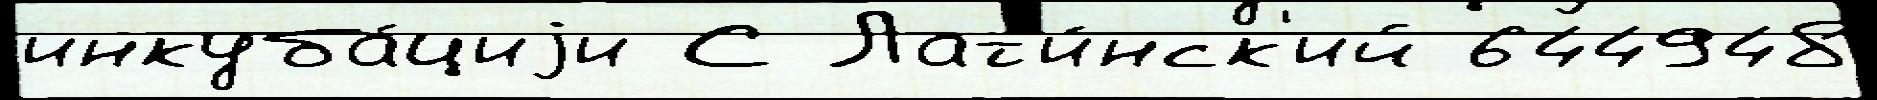
инкуба́циjи С Лат'и́нск'ий 644948